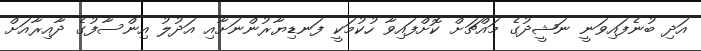
އަދި ބުނެފައިވަނީ ނަޝީދުގެ މައްޗަށް ކޮށްފައިވާ ހުކުމަކީ ފަނޑިޔާރުންނަށާއި އަދުލު އިންސާފުގެ ދާއިރާއަށް